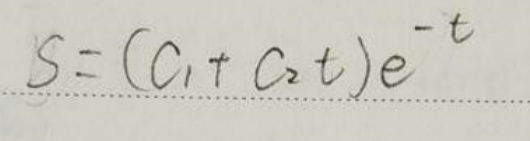
\[ S=(C_1 + C_2t)e^{-t} \]